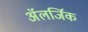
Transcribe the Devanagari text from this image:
अॅलर्जिक